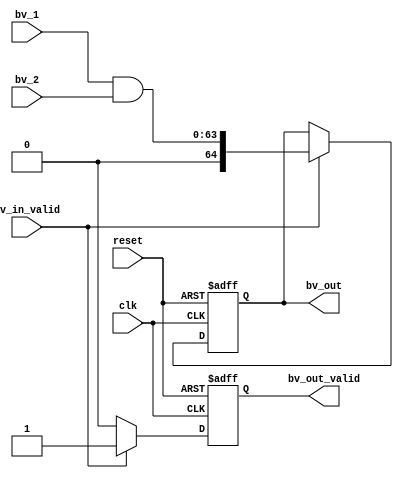

`timescale 1ns/1ps

module bv_and_2(
clk,
reset,

bv_in_valid,
bv_1,
bv_2,
bv_out_valid,
bv_out

);

parameter rule_num = 64; // size of ruleset: 128, 256, 512, 1024

input clk;
input reset;
input bv_in_valid;
input [rule_num-1:0]  bv_1;
input [rule_num-1:0]  bv_2;
output  reg         bv_out_valid;
output  reg [rule_num:0]  bv_out;

always @(posedge clk or negedge reset)
begin
    if(!reset)
      begin
          bv_out <= {rule_num{1'b0}};
          bv_out_valid <= 1'b0;
      end
    else
      begin
          if(bv_in_valid == 1'b1)
            begin
                bv_out <= {28'b0,bv_1 & bv_2};
                // bv_out <= {bv_1 & bv_2};
                bv_out_valid <= 1'b1;
            end
          else  bv_out_valid <= 1'b0;
      end
end













endmodule